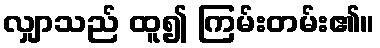
လျှာသည် ထူ၍ ကြမ်းတမ်း၏။